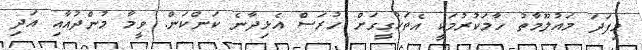
މިފަދަ މައުލޫމާތު ހާމަކުރުމަކީ އެތަހުގީގަށް ހުރަސް އެޅިދާނެ ކަންކަން. ވީމާ މުންދުއާއި އަދި